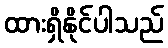
ထားရှိနိုင်ပါသည်